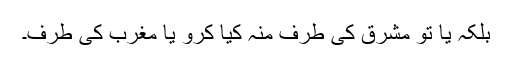
بلکہ یا تو مشرق کی طرف منہ کیا کرو یا مغرب کی طرف۔